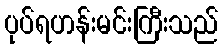
ပုပ်ရဟန်းမင်းကြီးသည်